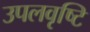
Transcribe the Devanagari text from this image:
उपलवृष्टि